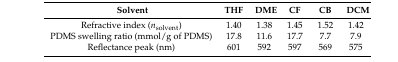
<table><thead><tr><td><b> Solvent</b></td><td><b>THF</b></td><td><b>DME</b></td><td><b>CF</b></td><td><b>CB</b></td><td><b>DCM</b></td></tr></thead><tbody><tr><td>Refractive index (<i>n</i><sub>solvent</sub>)</td><td>1.40</td><td>1.38</td><td>1.45</td><td>1.52</td><td>1.42</td></tr><tr><td>PDMS swelling ratio (mmol/g of PDMS)</td><td>17.8</td><td>11.6</td><td>17.7</td><td>7.7</td><td>7.9</td></tr><tr><td>Reflectance peak (nm)</td><td>601</td><td>592</td><td>597</td><td>569</td><td>575</td></tr></tbody></table>